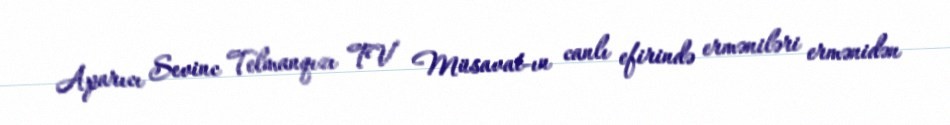
Aparıcı Sevinc Telmanqızı TV Müsavat-ın canlı efirində erməniləri ermənidən